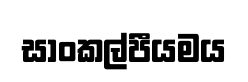
සාංකල්පීයමය